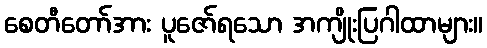
စေတီတော်အား ပူဇော်ရသော အကျိုးပြဂါထာများ။